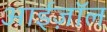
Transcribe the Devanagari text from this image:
आईज़ॉल